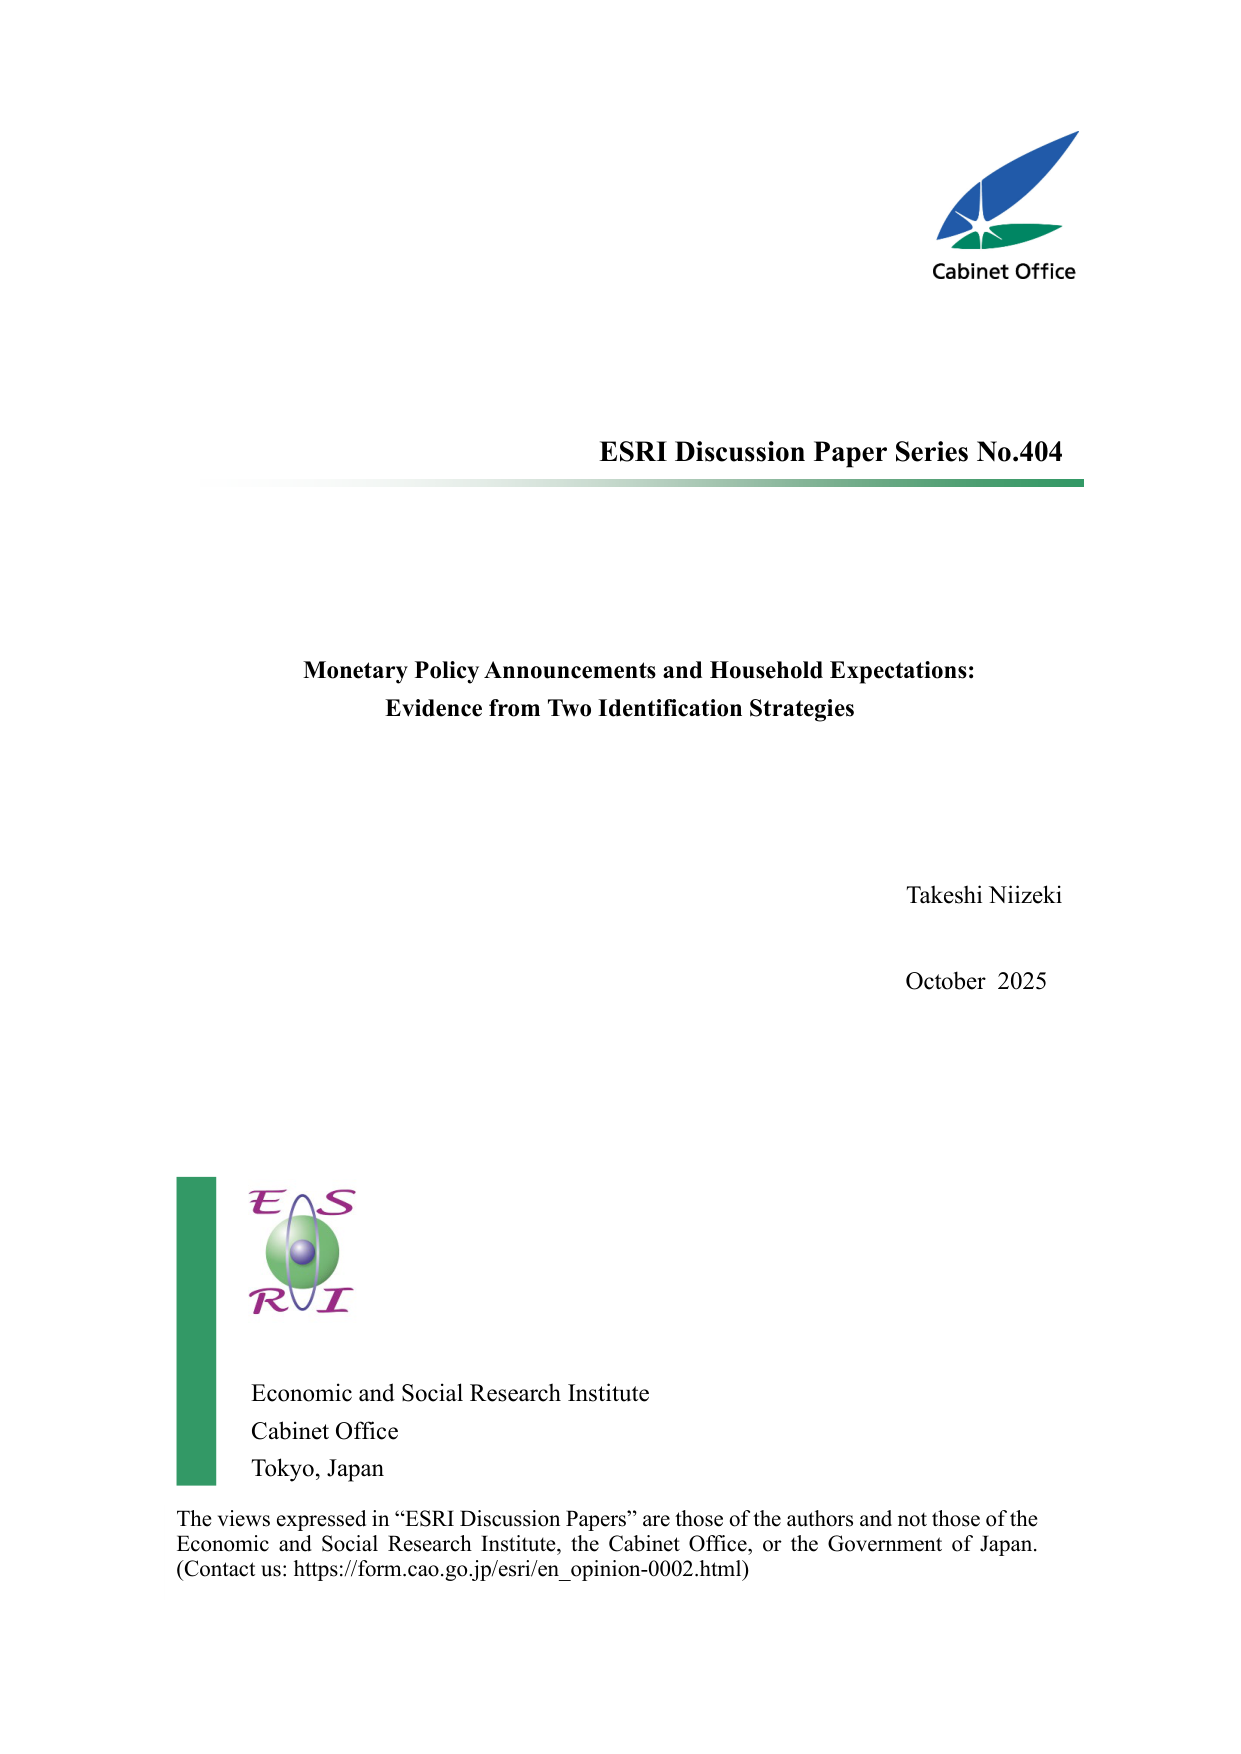
Cabinet Office

ESRI Discussion Paper Series No.404

Monetary Policy Announcements and Household Expectations:
Evidence from Two Identification Strategies

Takeshi Niizeki
October 2025

E S
R I
Economic and Social Research Institute
Cabinet Office
Tokyo, Japan

The views expressed in “ESRI Discussion Papers” are those of the authors and not those of the
Economic and Social Research Institute, the Cabinet Office, or the Government of Japan.
(Contact us: https://form.cao.go.jp/esri/en_opinion-0002.html)